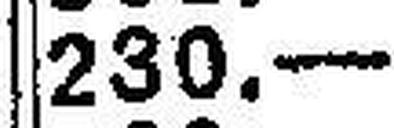
230.—